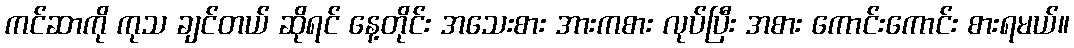
ကင်ဆာကို ကုသ ချင်တယ် ဆိုရင် နေ့တိုင်း အသေးစား အားကစား လုပ်ပြီး အစား ကောင်းကောင်း စားရမယ်။